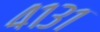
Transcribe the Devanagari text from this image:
४१३१